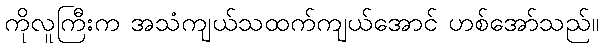
ကိုလူကြီးက အသံကျယ်သထက်ကျယ်အောင် ဟစ်အော်သည်။